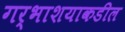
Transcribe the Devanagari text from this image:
गर्भाशयाकडील